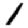
Digit: 1